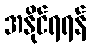
အနိုင်ရရန်